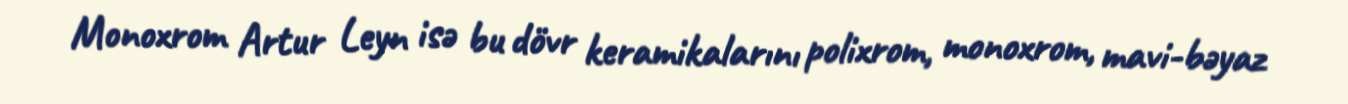
Monoxrom Artur Leyn isə bu dövr keramikalarını polixrom, monoxrom, mavi-bəyaz